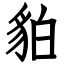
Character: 貃